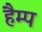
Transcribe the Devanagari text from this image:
हैम्प